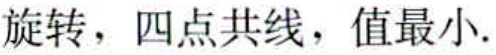
旋转，四点共线，值最小.